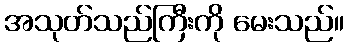
အသုတ်သည်ကြီးကို မေးသည်။